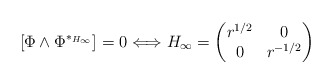
\begin{align*}[\Phi \wedge \Phi^{*_{H_\infty}}]=0 \Longleftrightarrow H_\infty = \begin{pmatrix} r^{1/2} & 0 \\ 0 & r^{-1/2} \end{pmatrix}\end{align*}